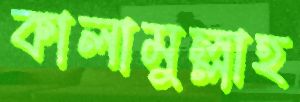
কালামুল্লাহ